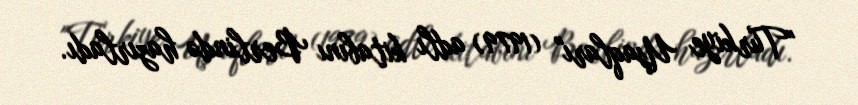
"Türkiye Uşaqları" (1979) adlı kitabını Berlində hazırladı.